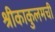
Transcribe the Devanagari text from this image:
श्रीकाकुलमची